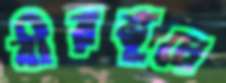
বীরভূমে